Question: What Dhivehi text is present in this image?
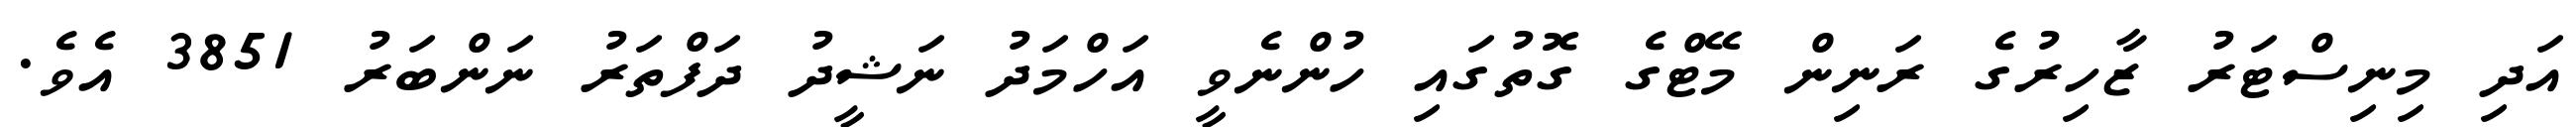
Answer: އަދި މިނިސްޓަރު ޒާހިރުގެ ރަނިން މޭޓްގެ ގޮތުގައި ހުންނެވީ އަހްމަދު ނަޝީދު ދަފްތަރު ނަންބަރު 3851 އެވެ.